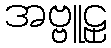
အဗ္ဗူဠှ